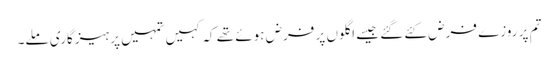
تم پر روزے فرض کئے گئے جیسے اگلوں پر فرض ہوئے تھے کہ کہیں تمہیں پرہیزگاری ملے۔